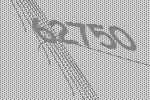
62750